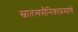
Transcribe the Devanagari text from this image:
स्वातंत्र्यसैनिकाप्रमाणे